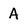
Character: A